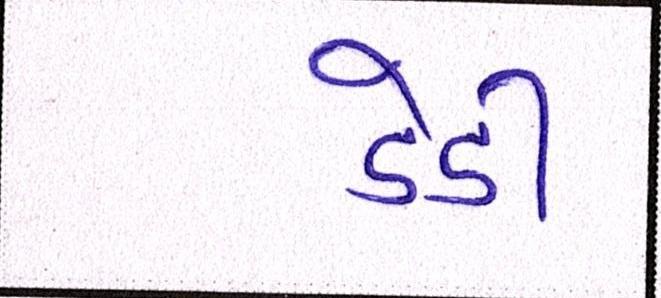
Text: ડેડી